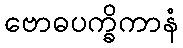
ဗောဓပက္ခိကာနံ